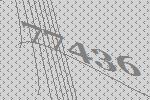
77436